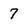
Character: 7